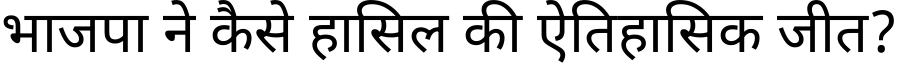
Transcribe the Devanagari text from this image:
भाजपा ने कैसे हासिल की ऐतिहासिक जीत?